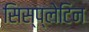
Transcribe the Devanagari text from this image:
सिस्प्लेटिन